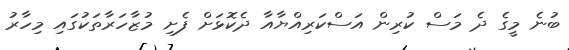
ބުނެ މީގެ ދެ މަސް ކުރިން އަސްކަރިއްޔާއާ ދެކޮޅަށް ފެށި މުޒާހަރާތަކުގައި މިހާރު